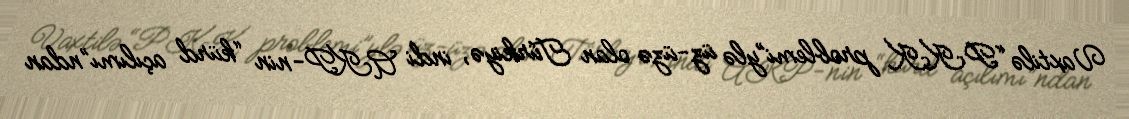
Vaxtilə “PKK problemi”ylə üz-üzə olan Türkiyə, indi AKP-nin “kürd açılımı”ndan